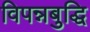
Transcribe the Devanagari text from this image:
विपन्नबुद्धि